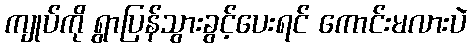
ကျုပ်ကို ရွာပြန်သွားခွင့်ပေးရင် ကောင်းမလားပဲ